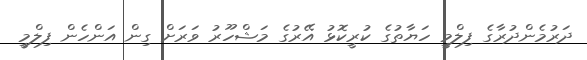
ދަރުމެންދުރާގެ ފިލްމީ ހަޔާތުގެ ކުރީކޮޅު އޭރުގެ މަޝްހޫރު ވަރަށް ގިން އަންހެން ފިލްމީ